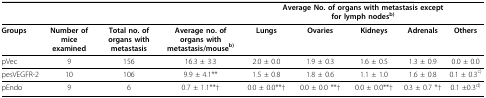
<table><thead><tr><td></td><td></td><td></td><td></td><td colspan="5"><b>Average No. of organs with metastasis exceptfor lymph nodes<sup>b)</sup></b></td></tr></thead><tbody><tr><td><b>Groups</b></td><td><b>Number of mice examined</b></td><td><b>Total no. of organs with metastasis</b></td><td><b>Average no. of organs with metastasis/mouse<sup>b)</sup></b></td><td><b>Lungs</b></td><td><b>Ovaries</b></td><td><b>Kidneys</b></td><td><b>Adrenals</b></td><td><b>Others</b></td></tr><tr><td>pVec</td><td>9</td><td>156</td><td>16.3 ± 3.3</td><td>2.0 ± 0.0</td><td>1.9 ± 0.3</td><td>1.6 ± 0.5</td><td>1.3 ± 0.9</td><td>0.0 ± 0.0</td></tr><tr><td>pesVEGFR-2</td><td>10</td><td>106</td><td>9.9 ± 4.1**</td><td>1.5 ± 0.8</td><td>1.8 ± 0.6</td><td>1.1 ± 1.0</td><td>1.6 ± 0.8</td><td>0.1 ± 0.3<sup>c)</sup></td></tr><tr><td>pEndo</td><td>9</td><td>6</td><td>0.7 ± 1.1**†</td><td>0.0 ± 0.0**†</td><td>0.0 ± 0.0 **†</td><td>0.0 ± 0.0**†</td><td>0.3 ± 0.7 *†</td><td>0.1 ±0.3<sup>d)</sup></td></tr></tbody></table>